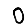
Digit: 0